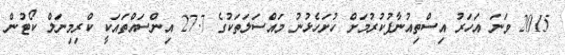
2015 ވަނަ އަހަރު އިސްތިއުނާފުކުރުމަށް ހުށަހެޅުނު މައްސަލަތަކުގެ 27.7 އިންސައްތައަކީ ކްރިމިނަލް ކޯޓުން